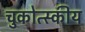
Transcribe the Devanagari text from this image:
चुकोत्स्कीय